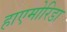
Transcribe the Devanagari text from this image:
हाएमोरिडा